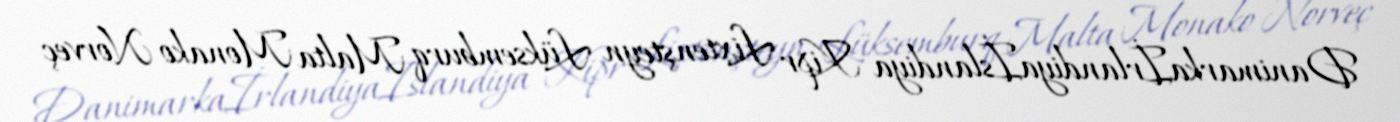
Danimarkaİrlandiyaİslandiya Kipr Lixtenşteyn Lüksemburq Malta Monako Norveç